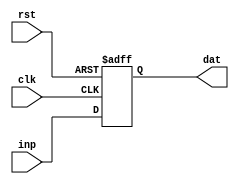
module bit32_reg (dat, clk, rst, inp) ;
	input rst, clk ;
	input[31:0] inp ;
	output[31:0] dat ;
	reg[31:0] dat ;
	
	always @(posedge clk or negedge rst)
	begin
		if (!rst)
			dat <= 0 ;
		else
			dat <= inp ;
	end
			
endmodule